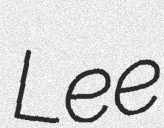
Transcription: Lee